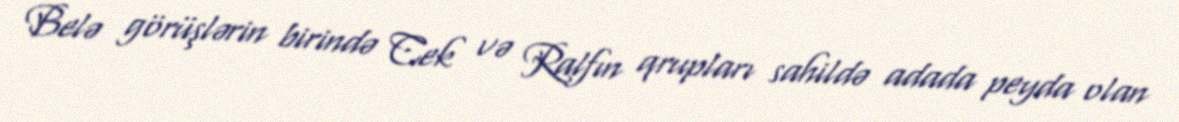
Belə görüşlərin birində Cek və Ralfın qrupları sahildə adada peyda olan